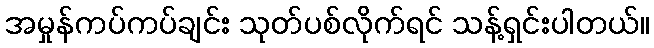
အမှုန်ကပ်ကပ်ချင်း သုတ်ပစ်လိုက်ရင် သန့်ရှင်းပါတယ်။